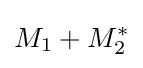
M_{1}+M_{2}^{*}